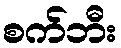
စက်ဘီး